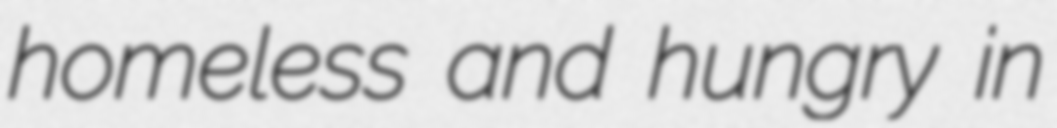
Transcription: homeless and hungry in